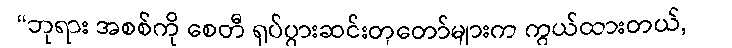
“ဘုရား အစစ်ကို စေတီ ရုပ်ပွားဆင်းတုတော်များက ကွယ်ထားတယ်,